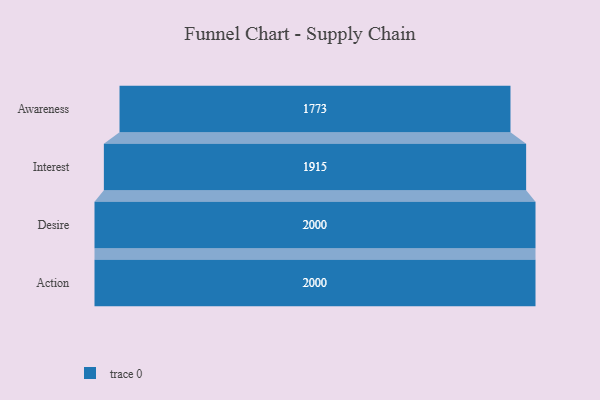
{"axis": {"x": "Stage", "y": "Value"}, "legend": [""], "data": [{"x": "Awareness", "y": 1773.0, "type": ""}, {"x": "Interest", "y": 1915.0, "type": ""}, {"x": "Desire", "y": 2000, "type": ""}, {"x": "Action", "y": 2000, "type": ""}]}